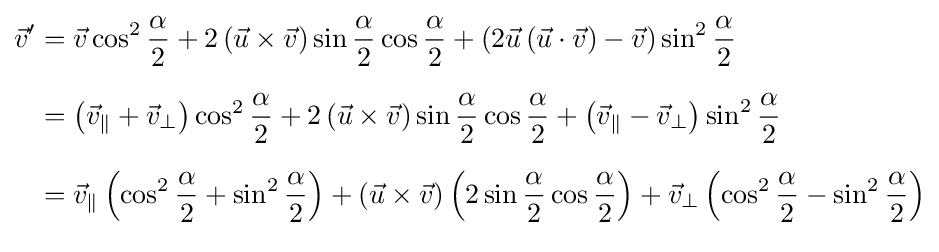
{\begin{aligned}{\vec {v}}'&={\vec {v}}\cos ^{2}{\frac {\alpha }{2}}+2\left({\vec {u}}\times {\vec {v}}\right)\sin {\frac {\alpha }{2}}\cos {\frac {\alpha }{2}}+\left(2{\vec {u}}\left({\vec {u}}\cdot {\vec {v}}\right)-{\vec {v}}\right)\sin ^{2}{\frac {\alpha }{2}}\\[6pt]&=\left({\vec {v}}_{\|}+{\vec {v}}_{\bot }\right)\cos ^{2}{\frac {\alpha }{2}}+2\left({\vec {u}}\times {\vec {v}}\right)\sin {\frac {\alpha }{2}}\cos {\frac {\alpha }{2}}+\left({\vec {v}}_{\|}-{\vec {v}}_{\bot }\right)\sin ^{2}{\frac {\alpha }{2}}\\[6pt]&={\vec {v}}_{\|}\left(\cos ^{2}{\frac {\alpha }{2}}+\sin ^{2}{\frac {\alpha }{2}}\right)+\left({\vec {u}}\times {\vec {v}}\right)\left(2\sin {\frac {\alpha }{2}}\cos {\frac {\alpha }{2}}\right)+{\vec {v}}_{\bot }\left(\cos ^{2}{\frac {\alpha }{2}}-\sin ^{2}{\frac {\alpha }{2}}\right)\\[6pt]\end{aligned}}